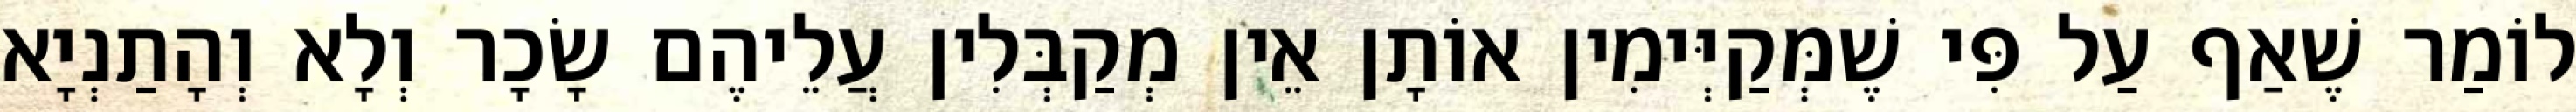
לוֹמַר שֶׁאַף עַל פִּי שֶׁמְּקַיְּימִין אוֹתָן אֵין מְקַבְּלִין עֲלֵיהֶם שָׂכָר וְלָא וְהָתַנְיָא